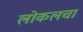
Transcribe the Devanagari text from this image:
लोकलचा